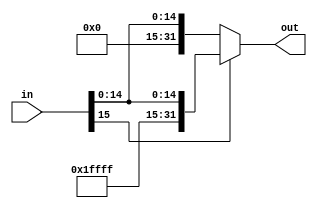
module SignExtend(in ,out);

input  [15:0] in;
output [31:0] out;

assign out =  (in[15] == 1)? {16'hffff , in} : 
              (in[15] == 0)? {16'h0000 ,in}  : 16'hxxxx;

endmodule